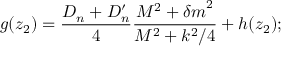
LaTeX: g ( z _ { 2 } ) = { \frac { D _ { n } + D _ { n } ^ { \prime } } { 4 } } { \frac { M ^ { 2 } + { \delta m } ^ { 2 } } { M ^ { 2 } + k ^ { 2 } / 4 } } + h ( z _ { 2 } ) ;